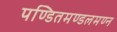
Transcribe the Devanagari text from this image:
पण्डितमण्डलमण्न